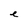
Character: e